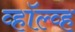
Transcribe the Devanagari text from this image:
व्हॉल्व्ह